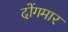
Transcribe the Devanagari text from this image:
दोंगमार